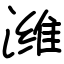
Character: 潍